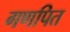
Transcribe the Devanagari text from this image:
गणपित